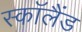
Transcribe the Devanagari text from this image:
स्काॅलैंड